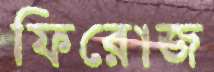
ফিরোজ